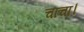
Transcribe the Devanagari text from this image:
चाचा।